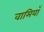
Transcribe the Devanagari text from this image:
वामियाँ